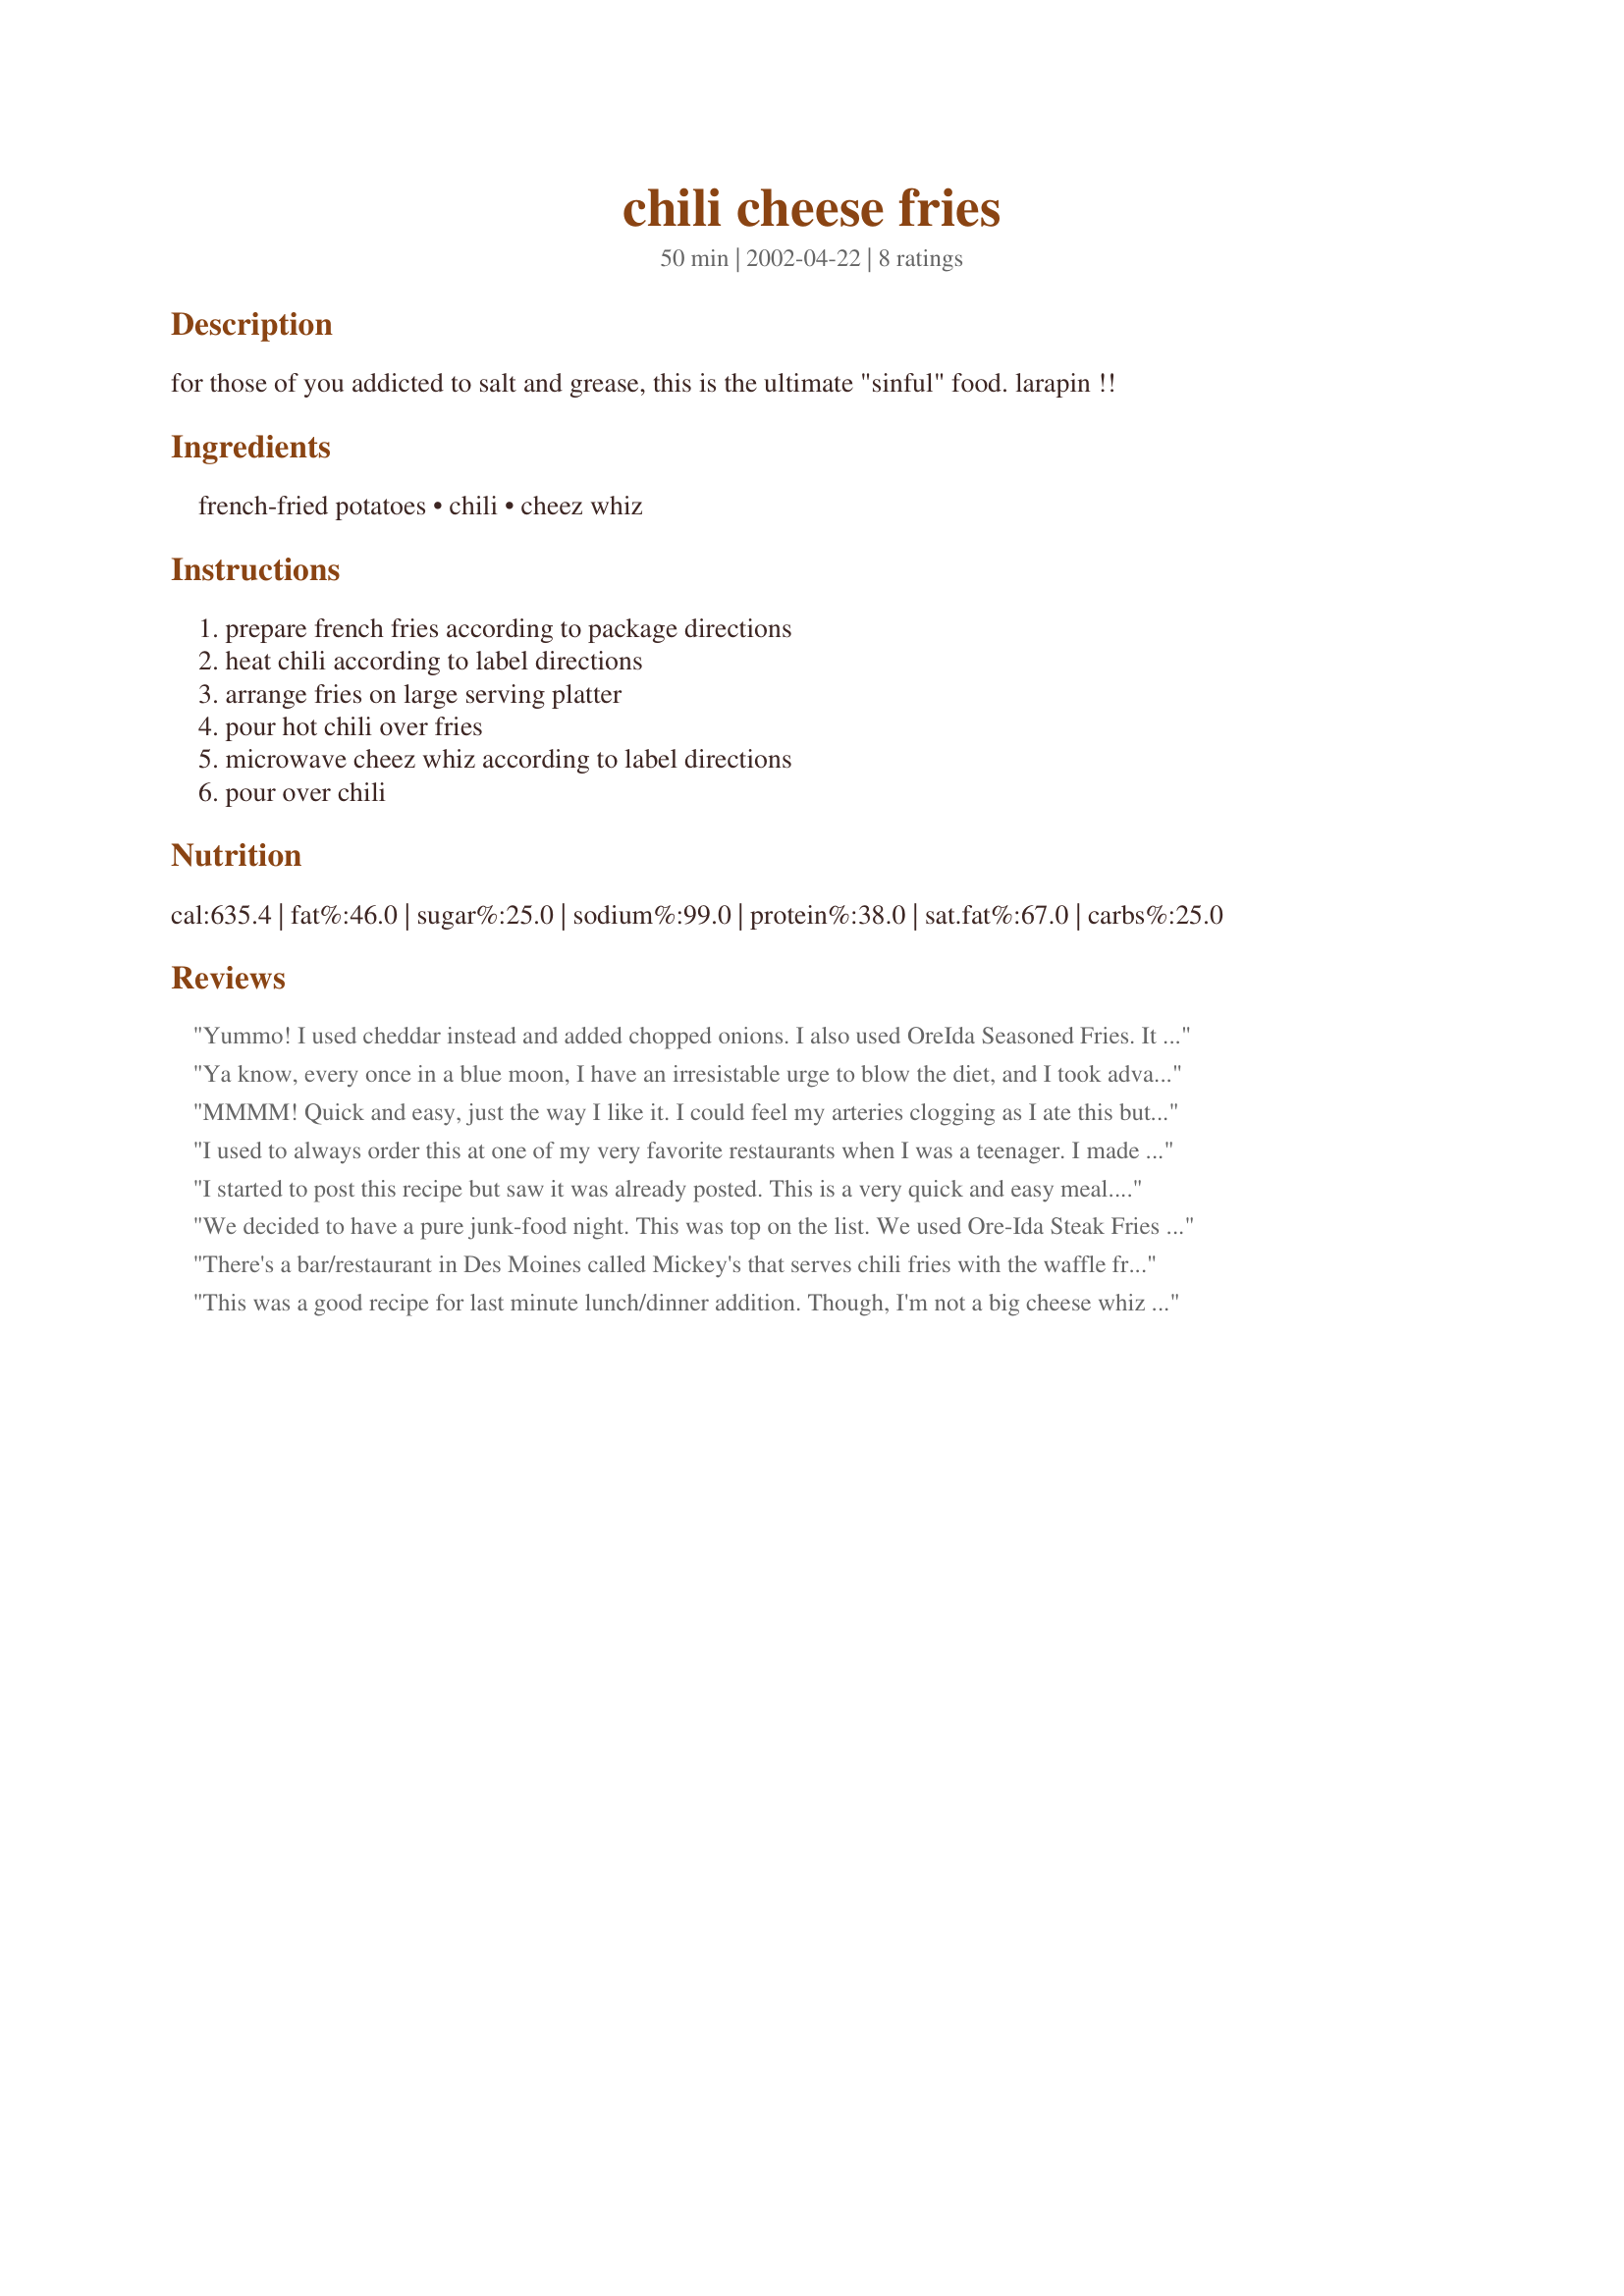
chili cheese fries
Preparation time: 50 minutes

for those of you addicted to salt and grease, this is the ultimate "sinful" food. larapin !!

Ingredients:
french-fried potatoes, chili, cheez whiz

Steps:
prepare french fries according to package directions, heat chili according to label directions, arrange fries on large serving platter, pour hot chili over fries, microwave cheez whiz according to label directions, pour over chili

Reviews:
Yummo! I used cheddar instead and added chopped onions. I also used OreIda Seasoned Fries. It was soooo sinfully good!
Ya know, every once in a blue moon, I have an irresistable urge to blow the diet, and I took advantage of these for that purpose. I used beanless chili (some family members don't like beans) and served with spicy chicken wings. Reminds me of fries that they used to have at a local take-out deli. Great recipe for times when you don't have much time - terrific use of canned food!
MMMM! Quick and easy, just the way I like it. I could feel my arteries clogging as I ate this but it was delicious:) Used the Hormel chili w/out beans:)
I used to always order this at one of my very favorite restaurants when I was a teenager. I made it for my family and boy what a treat. Easy to prepare and very zesty/cheesy. Thanks for sharing this.
I started to post this recipe but saw it was already posted. This is a very quick and easy meal. Very Kid Friendly.
We decided to have a pure junk-food night. This was top on the list. We used Ore-Ida Steak Fries which we baked to just the right crispness. Topped with the chili and cheese made us droooool!! We hunkered down in front of the TV and put in a movie. Way delicious and totally sinful. Thanks for the recipe.
There's a bar/restaurant in Des Moines called Mickey's that serves chili fries with the waffle fries that my bf and I love! I tried this at home with a little chopped green onion on top. Homemade chili would be better, but canned still made a wonderful, yet greasy snack!
This was a good recipe for last minute lunch/dinner addition. Though, I'm not a big cheese whiz fan so next time I'll probably use grated cheddar. Otherwise, it's a keeper. Thanks for posting.
